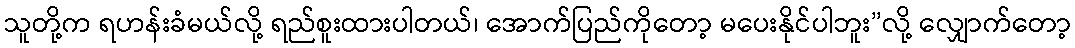
သူတို့က ရဟန်းခံမယ်လို့ ရည်စူးထားပါတယ်၊ အောက်ပြည်ကိုတော့ မပေးနိုင်ပါဘူး”လို့ လျှောက်တော့